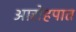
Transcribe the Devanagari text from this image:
आरोहपात